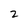
Character: 2